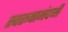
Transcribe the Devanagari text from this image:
स्वरूपानंदजी